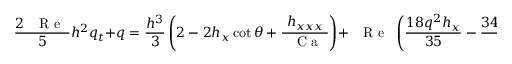
\frac { 2 \mathrm { ~ \textit ~ { ~ R ~ e ~ } ~ } } { 5 } h ^ { 2 } q _ { t } + q = \frac { h ^ { 3 } } { 3 } \left( 2 - 2 h _ { x } \cot \theta + \frac { h _ { x x x } } { \mathrm { ~ \textit ~ { ~ C ~ a ~ } ~ } } \right) + \mathrm { ~ \textit ~ { ~ R ~ e ~ } ~ } \left( \frac { 1 8 q ^ { 2 } h _ { x } } { 3 5 } - \frac { 3 4 h q q _ { x } } { 3 5 } + \frac { h q f } { 5 } \right) ,